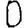
Digit: 0